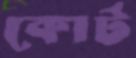
কোর্ট